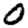
Digit: 0